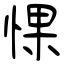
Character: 惈